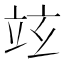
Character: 𥩚